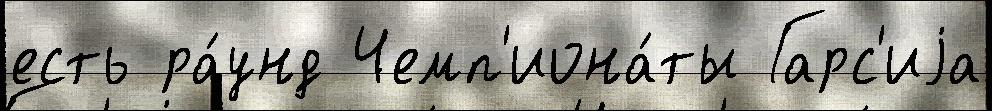
есть ра́унд Чемп'иона́ты Гарс'иjа